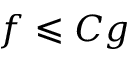
f \leqslant C g